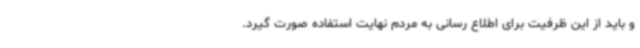
و باید از این ظرفیت برای اطلاع رسانی به مردم نهایت استفاده صورت گیرد.